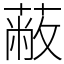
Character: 蔽